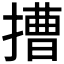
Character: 𢲵